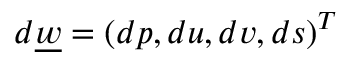
d \underline { { w } } = ( d p , d u , d v , d s ) ^ { T }